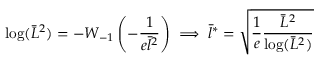
\log ( \bar { L } ^ { 2 } ) = - W _ { - 1 } \left( - \frac { 1 } { e \bar { l } ^ { 2 } } \right) \implies \bar { l } ^ { * } = \sqrt { \frac { 1 } { e } \frac { \bar { L } ^ { 2 } } { \log ( \bar { L } ^ { 2 } ) } }